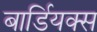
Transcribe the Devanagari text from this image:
बार्डियक्स